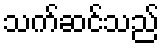
သက်ဆင်သည်